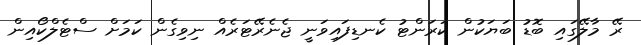
ރޭ މާލޭގައި ބޮޑު ބަޔަކުން ކަރަންޓު ކެނޑިފައިވަނީ ޖެނެރޭޓަރެއް ނިވިގެން ކަމަށް ސްޓެލްކޯއިން